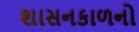
શાસનકાળનો